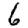
Digit: 6